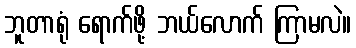
ဘူတာရုံ ရောက်ဖို့ ဘယ်လောက် ကြာမလဲ။